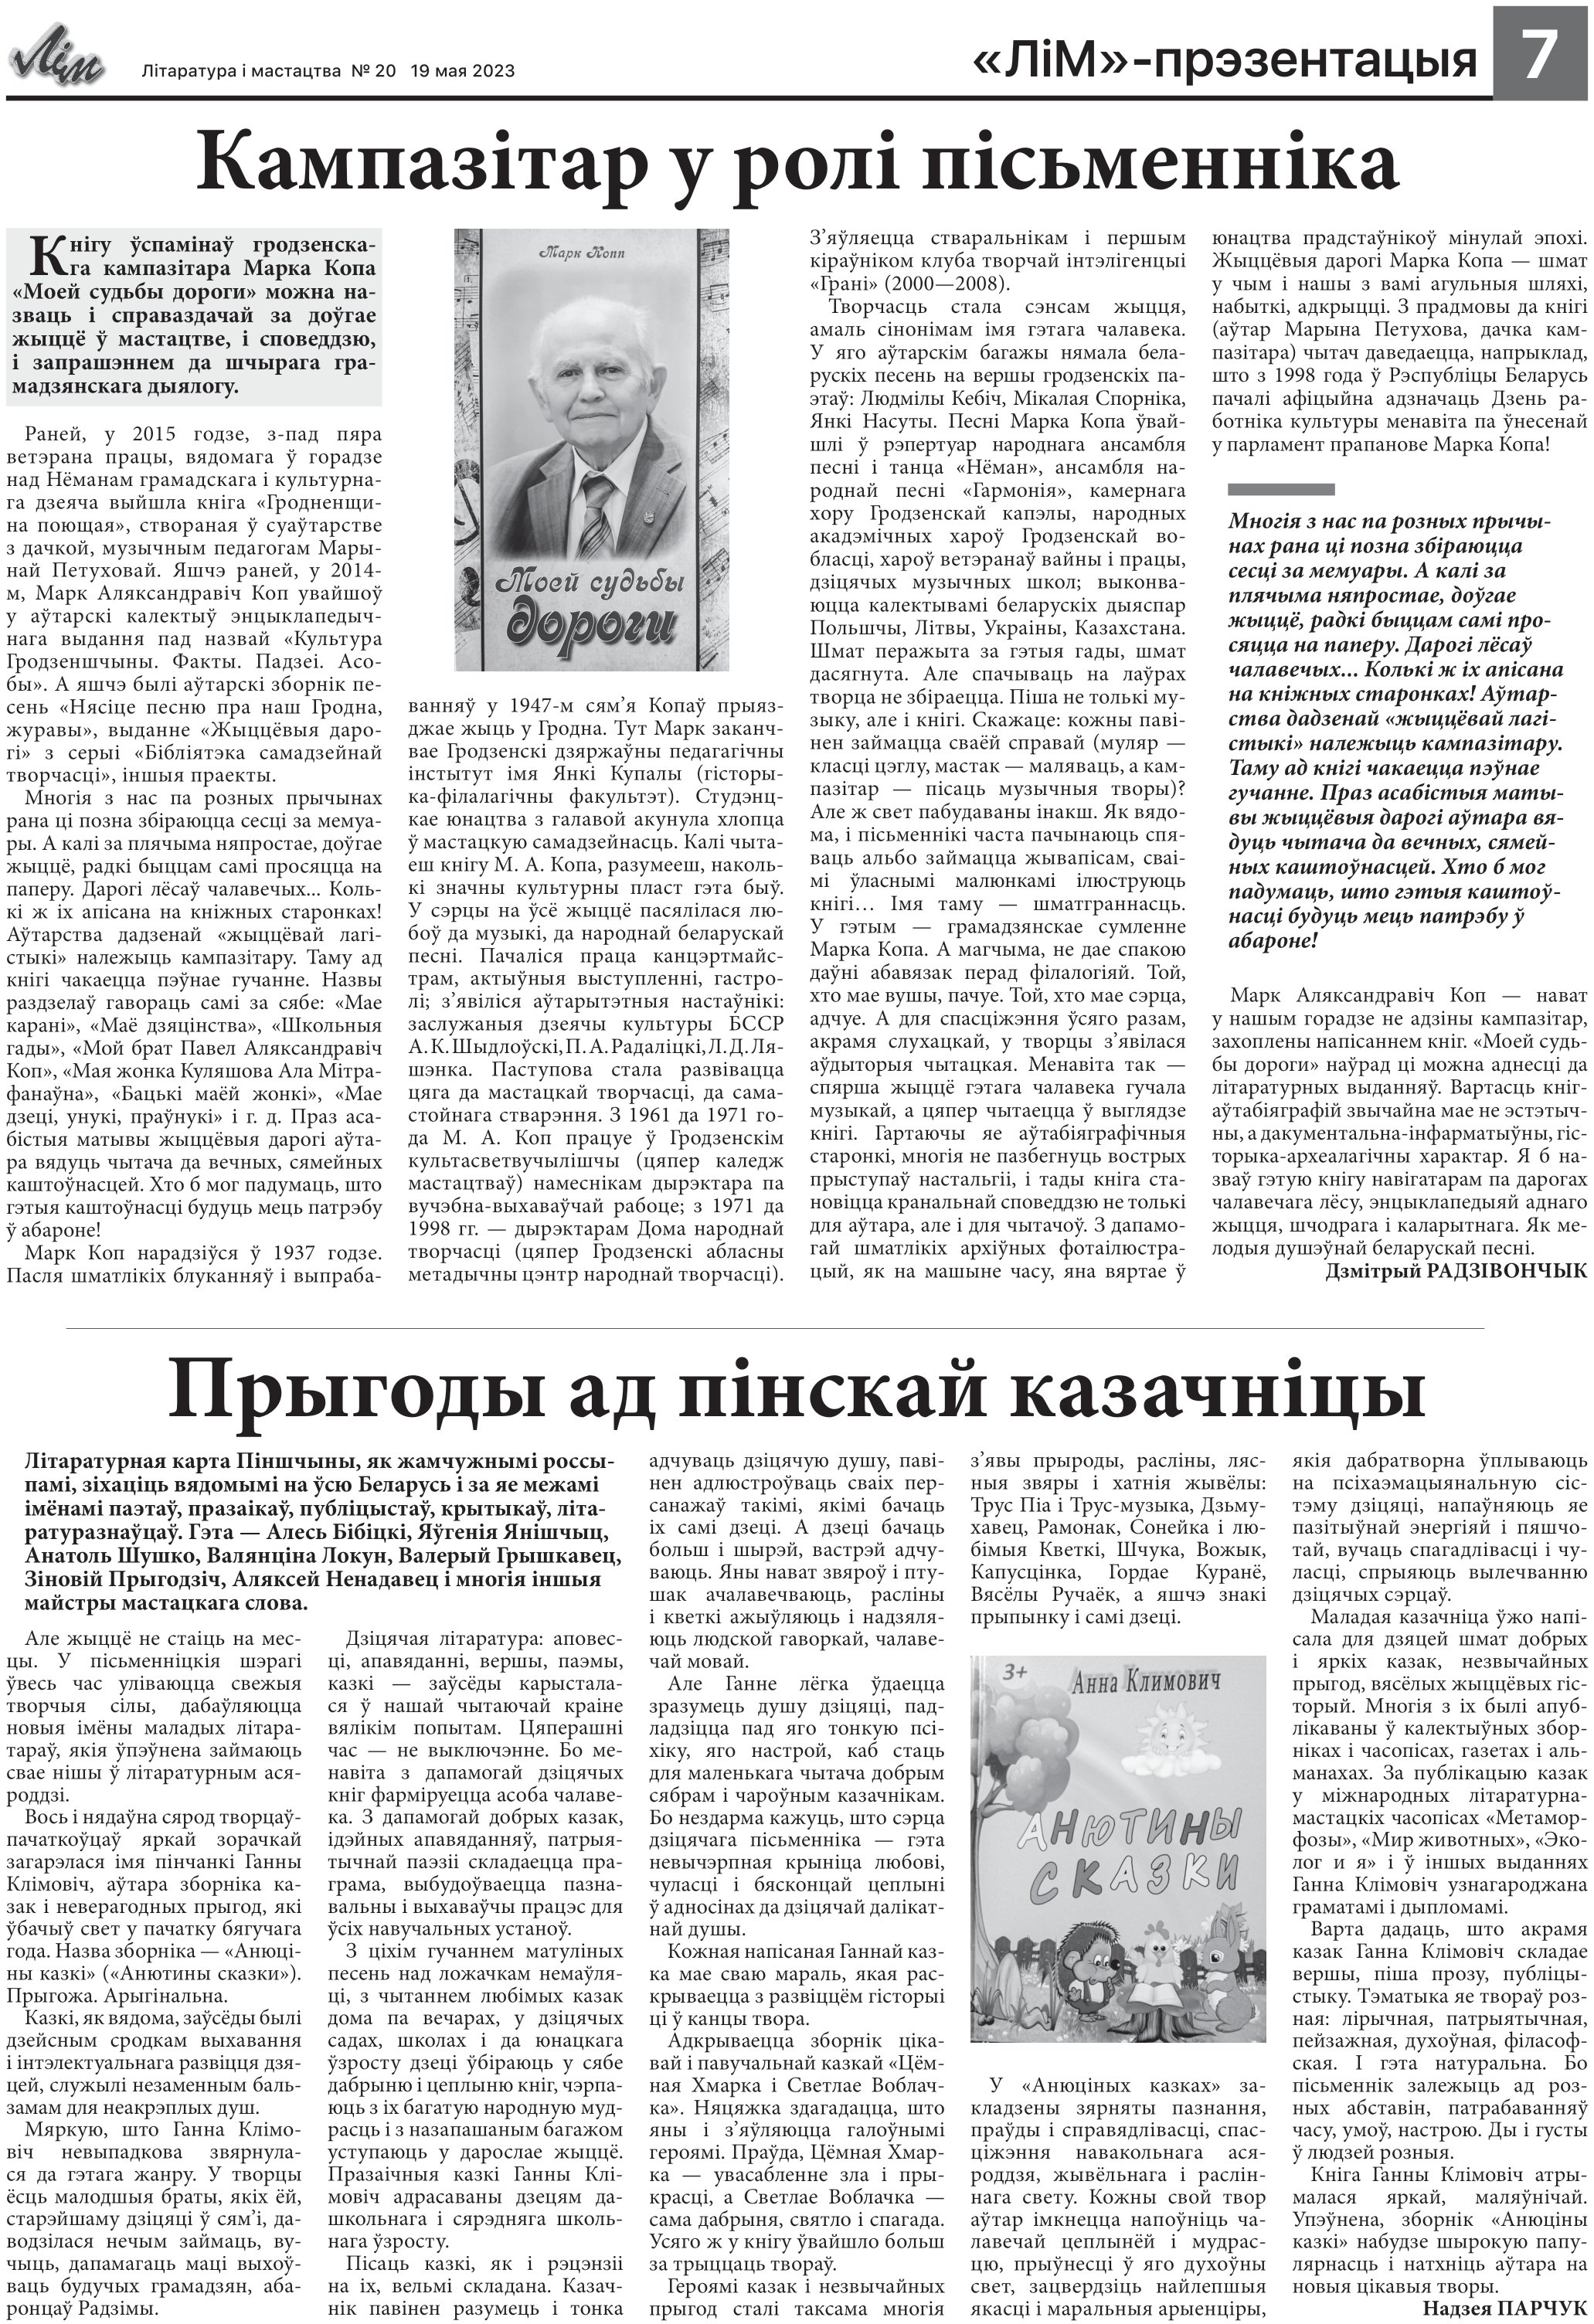
Language: be